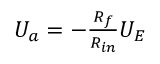
\begin{array} { r } { U _ { a } = - \frac { R _ { f } } { R _ { i n } } U _ { E } } \end{array}